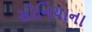
સોનિયાના